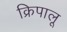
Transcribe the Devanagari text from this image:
क्रिपालू